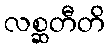
လစ္ဆတီတိ